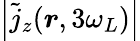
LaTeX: \left|\tilde{j}_{z}(\boldsymbol r,3\omega_{L})\right|